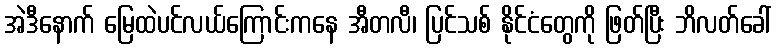
အဲဒီနောက် မြေထဲပင်လယ်ကြောင်းကနေ အီတလီ၊ ပြင်သစ် နိုင်ငံတွေကို ဖြတ်ပြီး ဘိလတ်ခေါ်